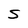
Character: S